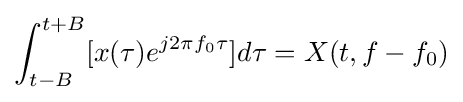
\int _{t-B}^{t+B}[x(\tau )e^{j2\pi f_{0}\tau }]d\tau =X(t,f-f_{0})